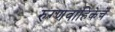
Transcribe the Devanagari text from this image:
रुग्णवाहिकेचे